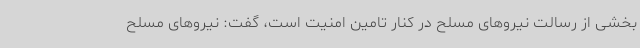
بخشی از رسالت نیروهای مسلح در کنار تامین امنیت است، گفت: نیروهای مسلح